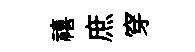
禧庶穿